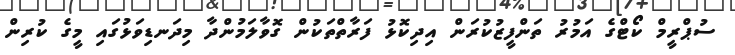
ސުޕްރީމް ކޯޓްގެ އަމުރު ތަންފީޒުކުރަން އިދިކޮޅު ފަރާތްތަކުން ގޮވާލަމުންދާ މިދަނޑިވަޅުގައި މީގެ ކުރިން